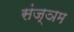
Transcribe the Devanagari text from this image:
संज्ञम